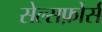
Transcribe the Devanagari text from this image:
सेल्सफ़ोर्स